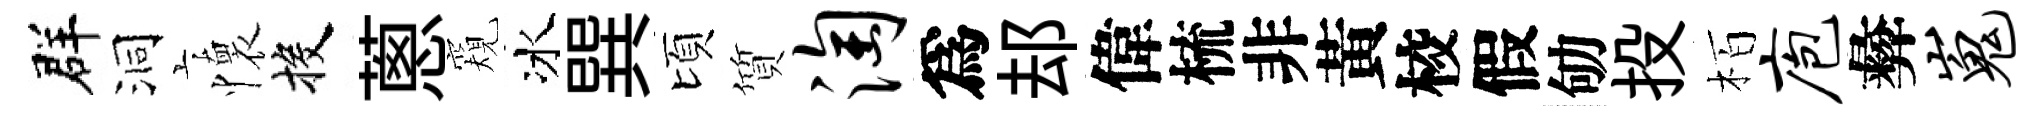
群洞懷投蔥窺冰巽頃質淘爲𨚫偉梳非黃校假劬投栢庖彜嵬